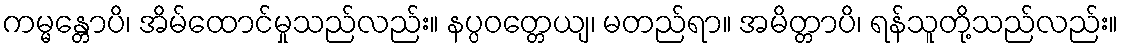
ကမ္မန္တောပိ၊ အိမ်ထောင်မှုသည်လည်း။ နပ္ပဝတ္တေယျ၊ မတည်ရာ။ အမိတ္တာပိ၊ ရန်သူတို့သည်လည်း။